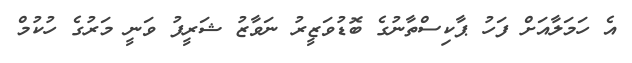
އެ ހަމަލާއަށް ފަހު ޕާކިސްތާނުގެ ބޮޑުވަޒީރު ނަވާޒު ޝަރީފު ވަނީ މަރުގެ ހުކުމް